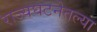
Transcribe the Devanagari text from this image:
राज्यघटनेतल्या